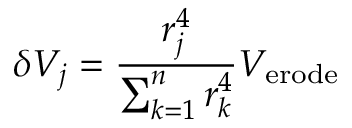
\delta V _ { j } = \frac { r _ { j } ^ { 4 } } { \sum _ { k = 1 } ^ { n } r _ { k } ^ { 4 } } V _ { \mathrm { { e r o d e } } }